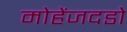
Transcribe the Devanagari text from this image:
मोहेंजदडो